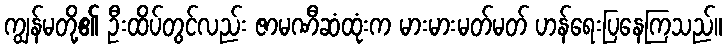
ကျွန်မတို့၏ ဦးထိပ်တွင်လည်း ဇာမဏီဆံထုံးက မားမားမတ်မတ် ဟန်ရေးပြနေကြသည်။